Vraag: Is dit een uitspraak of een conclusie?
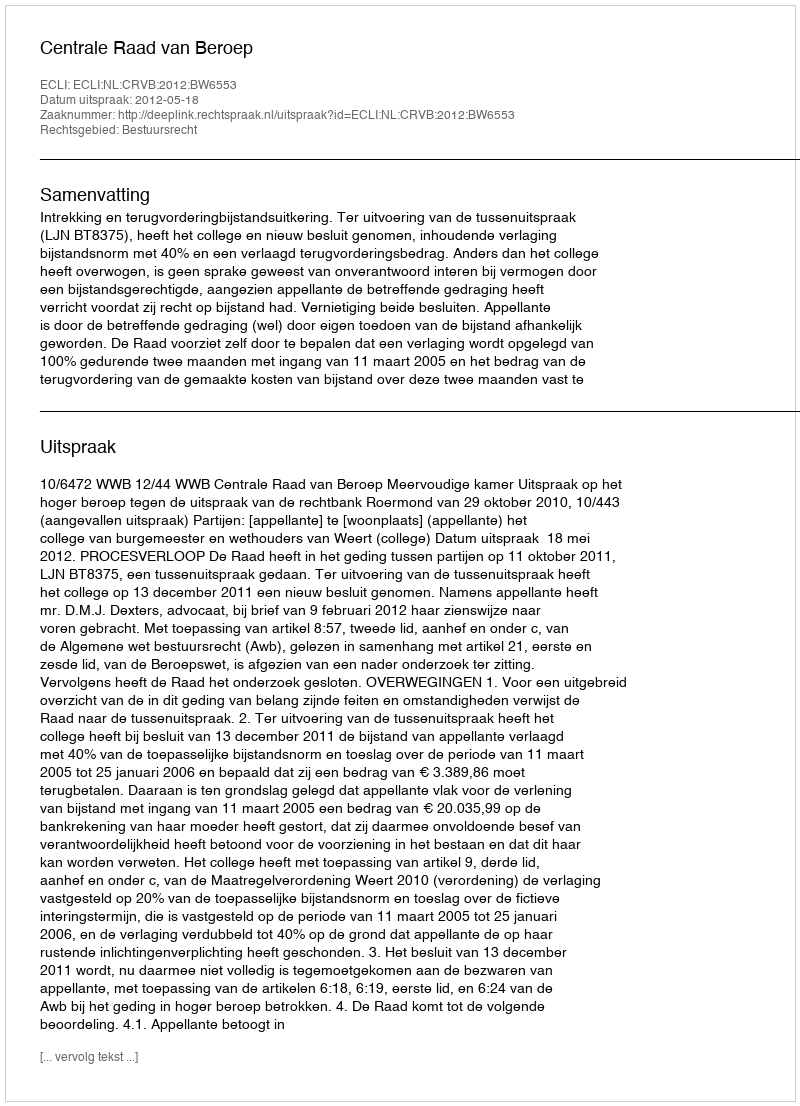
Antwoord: Uitspraak